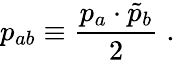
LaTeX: p_{ab}\equiv\frac{p_{a}\cdot\tilde{p}_{b}}{2}\; .